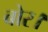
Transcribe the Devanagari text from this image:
बोर।